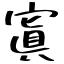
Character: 寘